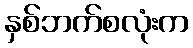
နှစ်ဘက်စလုံးက